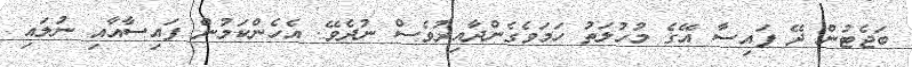
ބަޖެޓުން ދޭ ފައިސާ އޭގެ މުހުލަތު ހަމަވެގެންދާއިރުވެސް ނުދެވޭ. އެހެންކަމުން ފައިސާއާއި ނުލައި